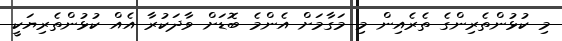
މި ކުޅުންތެރިންގެ ތެރެއިން މި މަގާމަށް އެންމެ ބޮޑަށް ވާދަކުރާ އެއް ކުޅުންތެރިޔަކީ